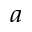
^ { a }